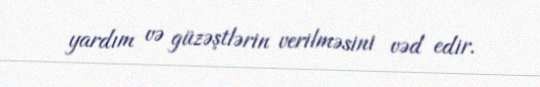
yardım və güzəştlərin verilməsini vəd edir.